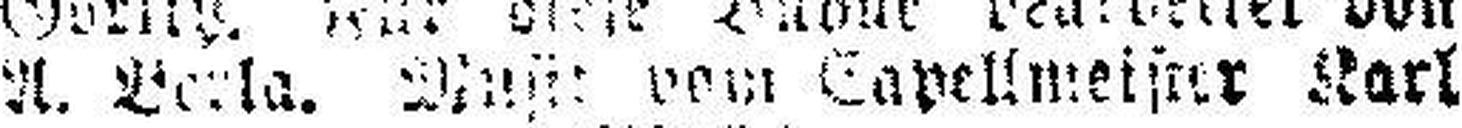
A. Verla. M### vom Capellmeister Karl